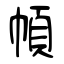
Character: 幁